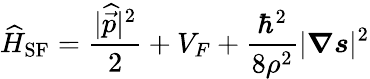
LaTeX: \widehat{H}_{\mathrm{SF}}=\frac{|\widehat{\vec{p}}|^{2}}{2}+V_{F}+\frac{\hbar^{2}}{8\rho^{2}}|\boldsymbol{\nabla}\boldsymbol{s}|^{2}